Indian journal of veterinary science and animal husbandry - Volumes 26-27, 1956-1957
Year: 1956
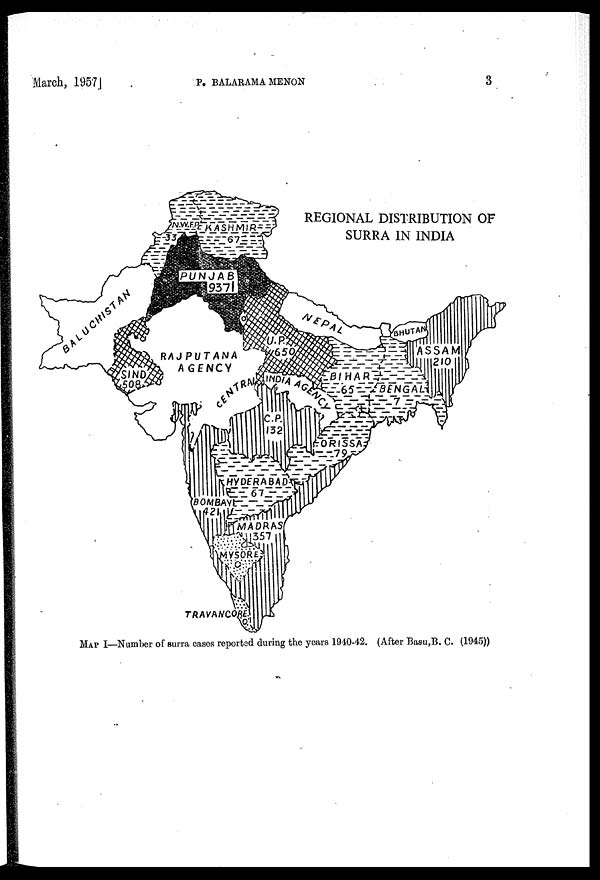
March,
1957]
P.
BALAEAMA
MENON
3
REGIONAL DISTRIBUTION OF
SURRA IN INDIA
MAP I—Number of surra cases reported during the years 1940-42. (After Basu,B. C. (1945))